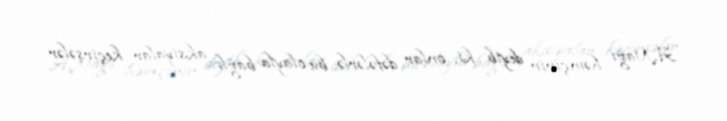
A.Nağı həmçinin deyib ki, onlar dəfələrlə bu olayla bağlı aksiyalar keçirsələr